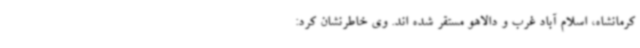
کرمانشاه، اسلام آباد غرب و دالاهو مستقر شده اند. وی خاطرنشان کرد: